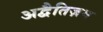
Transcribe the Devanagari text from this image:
अद्वैतिज़म